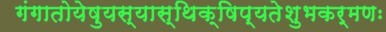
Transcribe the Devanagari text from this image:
गंगातोयेषुयस्यास्थिक्षिप्यतेशुभकर्मणः